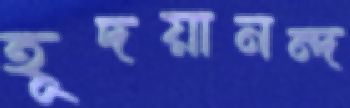
হূদয়ানন্দ